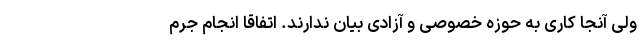
ولی آنجا کاری به حوزه خصوصی و آزادی بیان ندارند. اتفاقاً انجام جرم